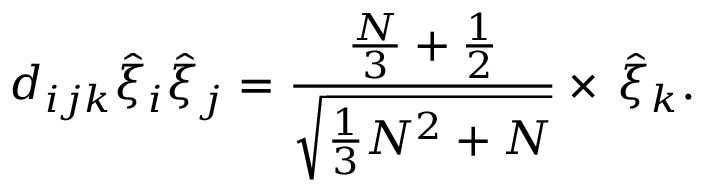
d _ { i j k } \hat { \xi } _ { i } \hat { \xi } _ { j } = \frac { \frac { N } { 3 } + \frac { 1 } { 2 } } { \sqrt { \frac { 1 } { 3 } N ^ { 2 } + N } } \times \, \hat { \xi } _ { k } .